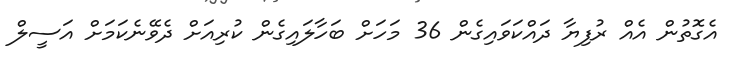
އެގޮތުން އެއް ރުފިޔާ ދައްކަވައިގެން 36 މަހަށް ބަހާލައިގެން ކުރިއަށް ދެވޭނެކަމަށް އަސީލް